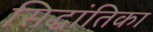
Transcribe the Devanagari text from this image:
सिद्धांतिका